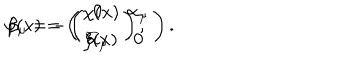
\varphi ( x ) = \left( \begin{array} { c } { { \chi ( x ) } } \\ { { \xi ( x ) } } \\ \end{array} \right) , \hspace { 0 . 3 i n } \beta _ { \mu } = - \left( \begin{array} { c c } { { 0 } } & { { \alpha _ { \mu } } } \\ { { \overline { { { \alpha } } } _ { \mu } } } & { { 0 } } \\ \end{array} \right) .